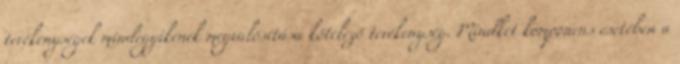
tevékenységek mindegyikének megvalósítása kötelező tevékenység. Mindkét komponens esetében a